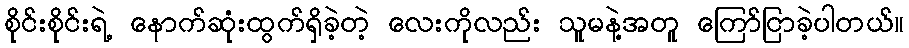
စိုင်းစိုင်းရဲ့ နောက်ဆုံးထွက်ရှိခဲ့တဲ့ လေးကိုလည်း သူမနဲ့အတူ ကြော်ငြာခဲ့ပါတယ်။